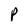
Character: P